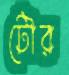
টৌর